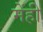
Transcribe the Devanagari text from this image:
मेंही